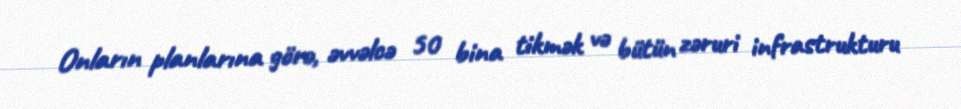
Onların planlarına görə, əvvəlcə 50 bina tikmək və bütün zəruri infrastrukturu